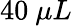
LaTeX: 40~\mu L